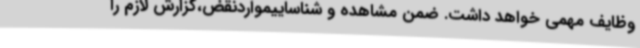
وظایف مهمی خواهد داشت. ضمن مشاهده و شناساییمواردنقض،گزارش لازم را